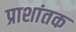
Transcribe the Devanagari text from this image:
प्राशांतक